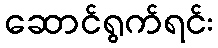
ဆောင်ရွက်ရင်း